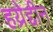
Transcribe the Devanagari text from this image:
हय्रेद्दीन